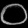
Digit: ၀